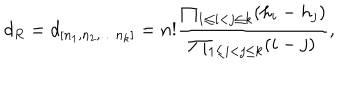
LaTeX: d _ { R } = d _ { \left[ n _ { 1 } , n _ { 2 } , \dots n _ { k } \right] } = n ! { \frac { \prod _ { 1 \leq i < j \leq k } ( h _ { i } - h _ { j } ) } { \prod _ { 1 \leq i < j \leq k } ( i - j ) } } ,